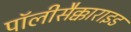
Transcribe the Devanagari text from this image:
पॉलीसैक्काराइड